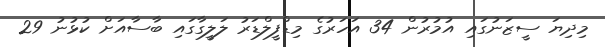
މިދިޔަ ސީޒަނުގައި އުމުރުން 34 އަހަރުގެ މިޑްފީލްޑަރު ލަލީގާގައި ބާސާއަށް ކުޅުނު 29